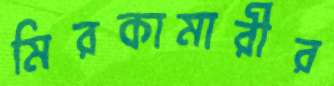
মিরকামারীর